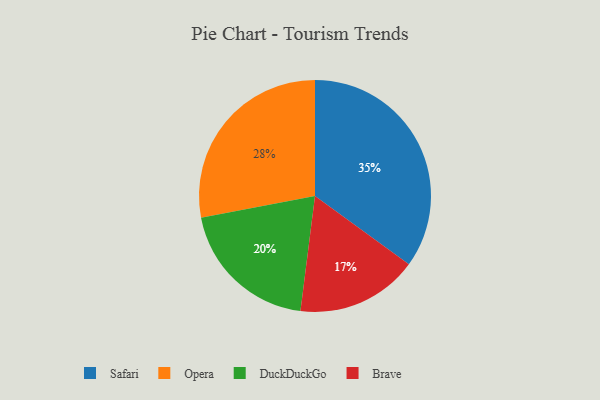
{"axis": {"x": "Category", "y": "Percentage"}, "legend": ["Brave", "DuckDuckGo", "Opera", "Safari"], "data": [{"x": "Safari", "y": 35, "type": "Safari"}, {"x": "Brave", "y": 17, "type": "Brave"}, {"x": "Opera", "y": 28, "type": "Opera"}, {"x": "DuckDuckGo", "y": 20, "type": "DuckDuckGo"}]}